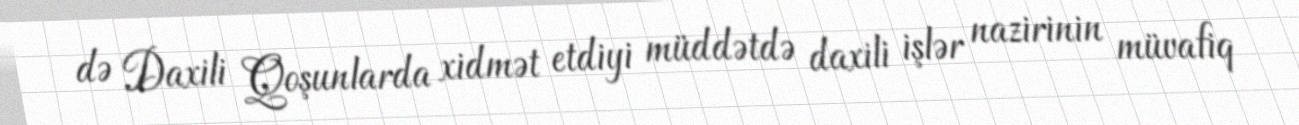
də Daxili Qoşunlarda xidmət etdiyi müddətdə daxili işlər nazirinin müvafiq